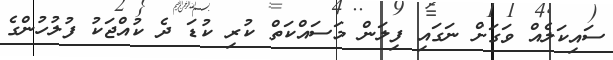
ސައިކަލެއް ވަގަށް ނަގައި ފިލަން މަސައްކަތް ކުރި ކުޑަ ދެ ކުއްޖަކު ފުލުހުންގެ